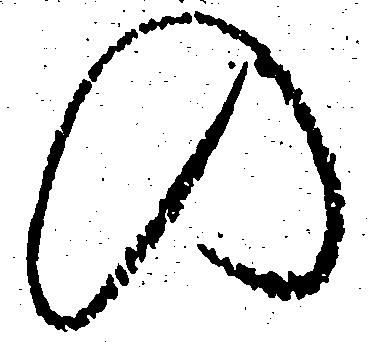
の